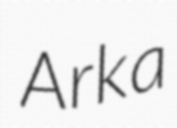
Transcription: Arka